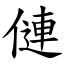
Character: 僆